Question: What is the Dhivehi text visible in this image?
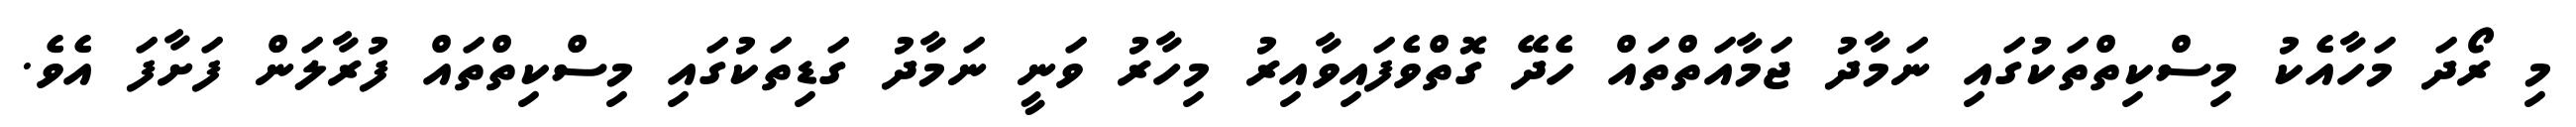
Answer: މި ރޯދަ މަހާއެކު މިސްކިތްތަކުގައި ނަމާދު ޖަމާއަތްތައް ހެދޭ ގޮތްވެފައިވާއިރު މިހާރު ވަނީ ނަމާދު ގަޑިތަކުގައި މިސްކިތްތައް ފުރާލަން ފަށާފަ އެވެ.